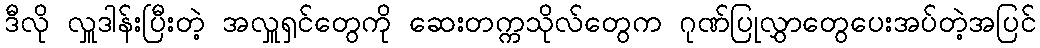
ဒီလို လှူဒါန်းပြီးတဲ့ အလှူရှင်တွေကို ဆေးတက္ကသိုလ်တွေက ဂုဏ်ပြုလွှာတွေပေးအပ်တဲ့အပြင်